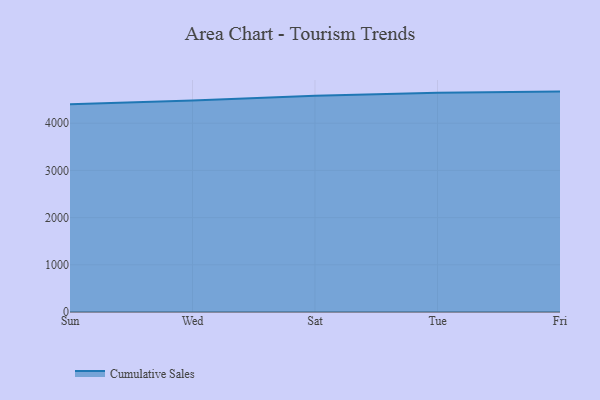
{"axis": {"x": "Day", "y": "Active Users"}, "legend": ["Cumulative Sales"], "data": [{"x": "Sun", "y": 4403.3, "type": "Cumulative Sales"}, {"x": "Wed", "y": 4480.3, "type": "Cumulative Sales"}, {"x": "Sat", "y": 4582.8, "type": "Cumulative Sales"}, {"x": "Tue", "y": 4647.1, "type": "Cumulative Sales"}, {"x": "Fri", "y": 4669.9, "type": "Cumulative Sales"}]}